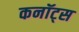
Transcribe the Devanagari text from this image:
कनॉट्स